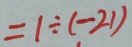
1 \div ( - 2 1 )